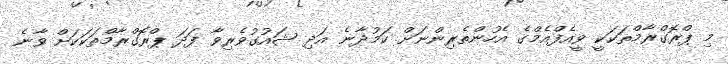
މި ޕްރޮގްރާމްތަކަކީ ވީއެފްއެމްގެ އެހުންތެރިންނަށް ކަމުދާނެ އަދި ޝައުގުވެރިވާ ފަދަ ޕްރޮގްރާމްތަކަކަށް ވާނެ